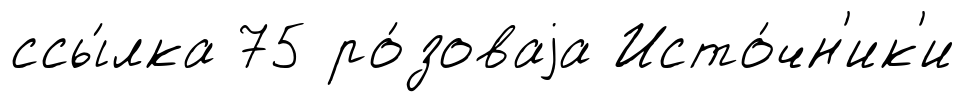
ссы́лка 75 ро́зоваjа Исто́чн'ик'и